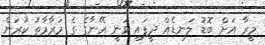
މީރާ އަށް ބޮޑު ލަނޑެއް ދީފައި ވަނީ އޭނާގެ ގެ މަރާމާތު ކުރަން